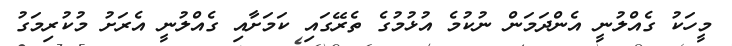
މީހަކު ގެއްލުނީ އެންދަމަން ނުކުމެ އުޅުމުގެ ތެރޭގައި ކަމަށާއި ގެއްލުނީ އެރަށު މުކުރިމަގު